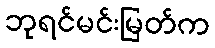
ဘုရင်မင်းမြတ်က